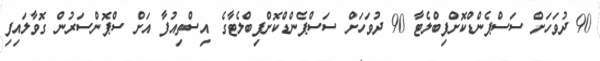
90 ދުވަހަށް ސަސްޕެންޑްކޮށްފިބްލެޓާ 90 ދުވަހަށް ސަސްޕެންޑްކޮށްފިބްލެޓާގެ އިސްތިއުފާ އަށް ސްޕޮންސަރުން ގޮވާލައިފި